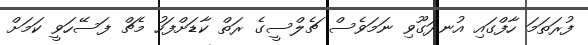
ފުރަތަމަ ހާފްގައި އުނދަގޫވި ނަމަވެސް ޗެލްސީގެ ރަތް ކާޑަށްފަހު މެޗް ފަސޭހަވީ ކަމަށް